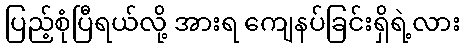
ပြည့်စုံပြီရယ်လို့ အားရ ကျေနပ်ခြင်းရှိရဲ့လား